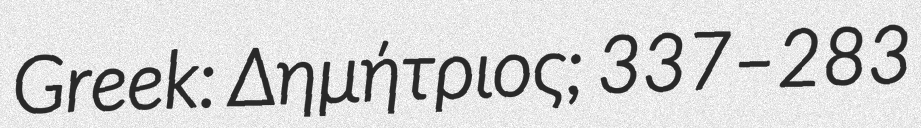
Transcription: Greek: Δημήτριος; 337–283